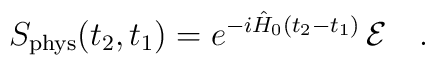
S_{\rm phys}(t_2,t_1)=e^{-i\hat{H}_0(t_2-t_1)}\,{\cal E}\ \ \ .